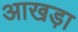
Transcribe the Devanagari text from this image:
आखड़ा